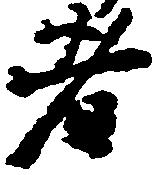
者